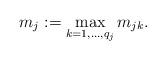
LaTeX: \begin{align*}m_j := \max_{k=1, \dots, q_j} m_{jk} . \end{align*}